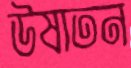
উষাতন